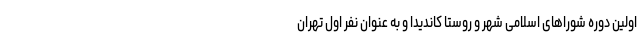
اولین دوره شوراهای اسلامی شهر و روستا کاندیدا و به عنوان نفر اول تهران